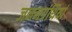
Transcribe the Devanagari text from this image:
जननग्रंथियां